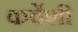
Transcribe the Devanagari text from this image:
कर्वेशी